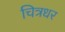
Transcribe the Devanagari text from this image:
चित्रधर